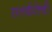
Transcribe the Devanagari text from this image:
सतर्कतेची